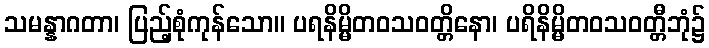
သမန္နာဂတာ၊ ပြည့်စုံကုန်သော။ ပရနိမ္မိတဝသဝတ္တိနော၊ ပရိနိမ္မိတဝသဝတ္တီဘုံ၌